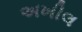
અખીલ